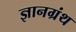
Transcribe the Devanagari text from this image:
ज्ञानग्रंथ